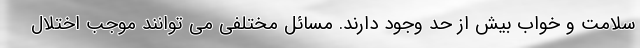
سلامت و خواب بیش از حد وجود دارند. مسائل مختلفی می توانند موجب اختلال